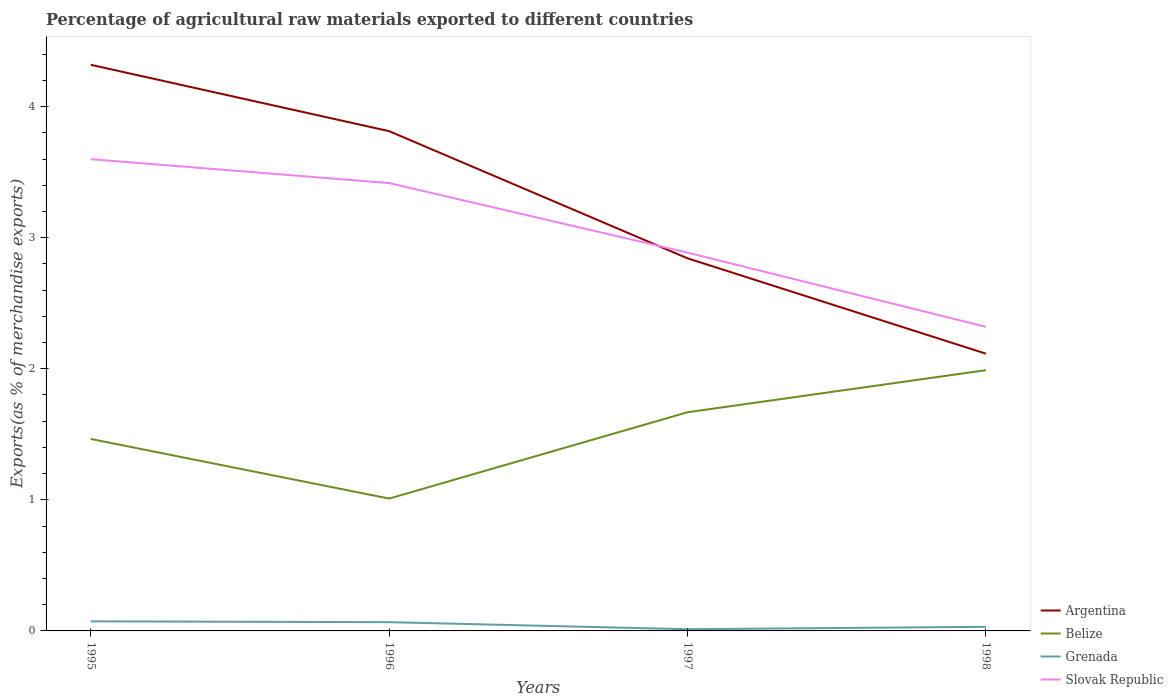
| Years | Argentina | Belize | Grenada | Slovak Republic |
 | --- | --- | --- | --- | --- |
 | 1995 | 4.32 | 1.46 | 0.0732 | 3.6 |
 | 1996 | 3.81 | 1.01 | 0.0668 | 3.42 |
 | 1997 | 2.84 | 1.67 | 0.013 | 2.89 |
 | 1998 | 2.11 | 1.99 | 0.0314 | 2.32 |